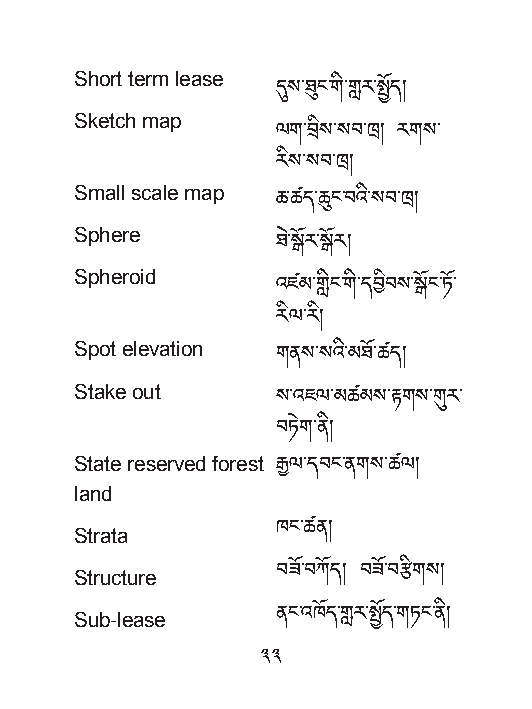
Short term lease
 དུས་ཐུང་གི་གླར་སྤྫོད།
 Sketch map
 ལག་བྲིས་སབ་ཁྲ། རགས་
 རིས་སབ་ཁྲ།
 Small scale map
 ཆ་ཚད་ཆུང་བའི་སབ་ཁྲ།
 Sphere
 ཐེ་སྒོར་སྒོར།
 Spheroid
 འཛམ་གླིང་གི་དབྱིབས་སྒོང་ཏྫོ་
 རིལ་རི།
 Spot elevation
 གནས་སའི་མཐྫོ་ཚད།
 Stake out
 ས་འཇལ་མཚམས་རྟགས་གུར་
 བཏེག་ནི།
 State reserved forest
 རྒྱལ་དབང་ནགས་ཚལ།
 land
 Strata       ཁང་ཚན།
 Structure    བཟྫོ་བཀོད། བཟྫོ་བརྩིགས།
 Sub-lease    ནང་འཁོད་གླར་སྤྫོད་གཏང་ནི།
 33